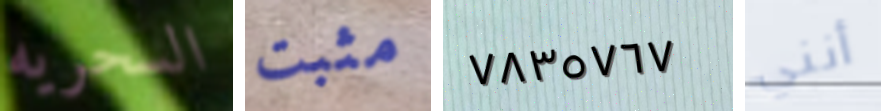
السحريه مثبت ٧٨٣٥٧٦٧ أنني